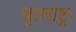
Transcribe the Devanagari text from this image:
धृतराष्ट्रः